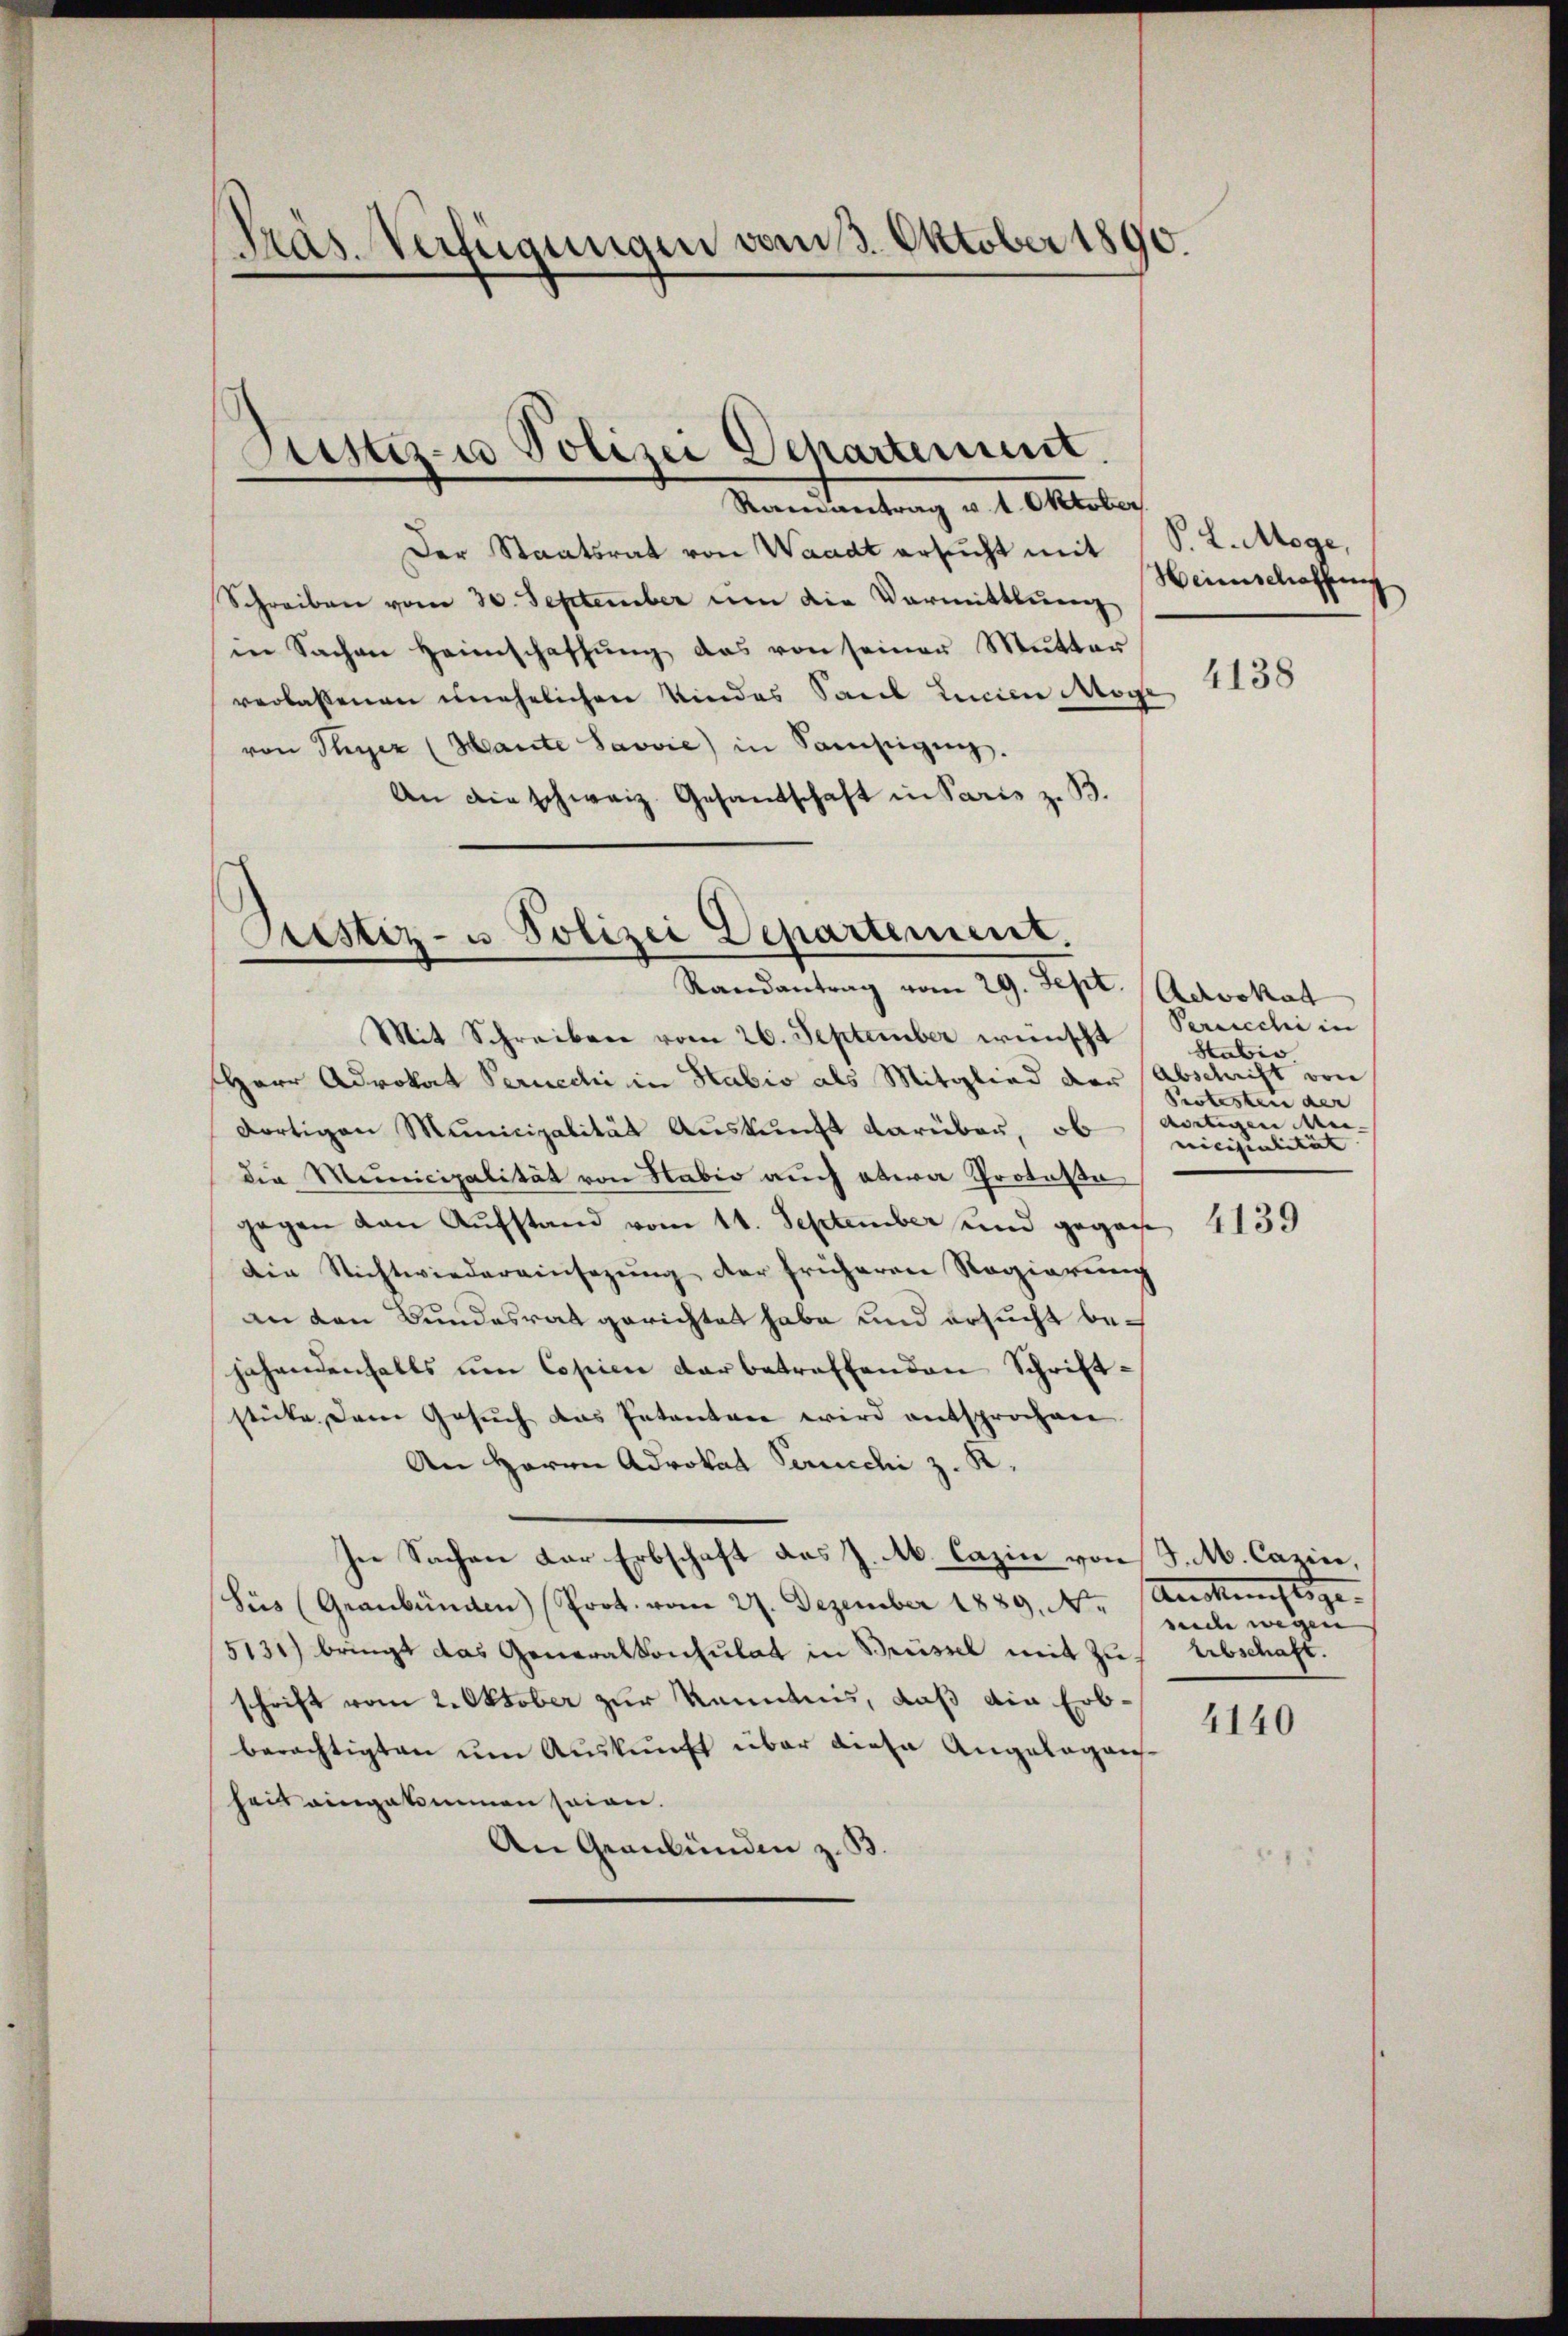
Ramantrag v. 1. Oktober.
Der Staatsrat von Waadt ersucht mit
Schreiben vom 30. September um die Vormittlung
in Sachen Heimschaffŭng das von seiner Mŭtter
verlassenen unehelichen Kindes Saul Lucian Möge
von Payer (Mante Savvie) in Sonstigung.
An die schweiz. Gesandtschaft in Paris z. B.

Präs. Verfügungen vom 3. Oktober 1890.

Antizu Polizei Departement.

Prestiz- u. Polizei Departement.
Randantrag vom 29. Sept. (Acrvokat

P. L. Möge,
Heimschaffen

Mit Schreiben vom 26. September wünscht Seriechi in
sHerr Advokat Peruechi in Habis als Mitglied der Abschrift von
dortigen Municipalität Auskunft darüber, ob
die Municipalität von Habio auch etwa Protesta
gegen von Aufstand vom 11. September und gegan
Die Nichtwiedereinsezung der früheren Regierung
an den Bundesrat gerichtet habe und ersucht bejahendenfalls um Cosien der betreffenden Schriftstücke dem Gesŭch das Intenten wird entsprochene
An Herrn Advokat Perucchi z. K.
In Sachen der Erbschaft des J. M. Cazin von J. M. Cazin,
Sües (Graubünden Prot. vom 27. Dezember 1889, Nr. Auskunftsge-
5131) bringt das Generalkonsulat in Brüssel mit zu Abschaft.
schrift vom 2. Oktober zur Kenntnis, daß die Erbberächtigten ŭm Aŭskŭnft über diese Angelagen
heit eingekommen seien.
An Graubünden z. B.

4138

Habis
Protesten der
artigen Mie- |
mcisialität

4139

sede wegen

4140